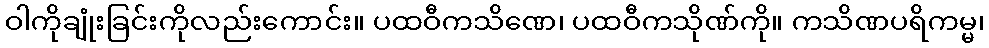
ဝါကိုချုံးခြင်းကိုလည်းကောင်း။ ပထဝီကသိဏေ၊ ပထဝီကသိုဏ်ကို။ ကသိဏပရိကမ္မ၊